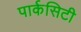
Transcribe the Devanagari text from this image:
पार्कसिटी